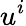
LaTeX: u^{i}